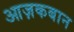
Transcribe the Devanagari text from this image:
आज़कबान